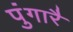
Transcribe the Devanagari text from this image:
पुंगारै